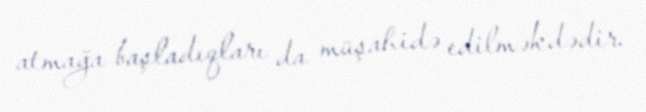
atmağa başladıqları da müşahidə edilməkdədir.